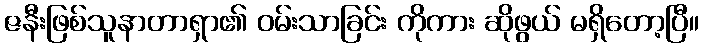
ဇနီးဖြစ်သူနာတာရှာ၏ ဝမ်းသာခြင်း ကိုကား ဆိုဖွယ် မရှိတော့ပြီ။